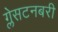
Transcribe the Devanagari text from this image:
ग्लेसटनबरी